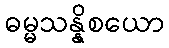
ဓမ္မသန္နိစယော